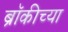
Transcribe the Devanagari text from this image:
ब्रॉकीच्या